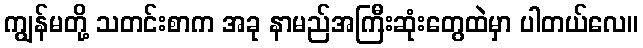
ကျွန်မတို့ သတင်းစာက အခု နာမည်အကြီးဆုံးတွေထဲမှာ ပါတယ်လေ။